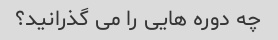
چه دوره هایی را می گذرانید؟